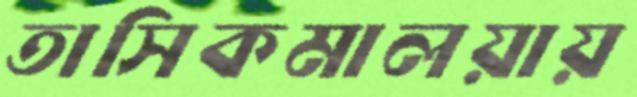
তাসিকমালয়ায়